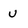
Character: u